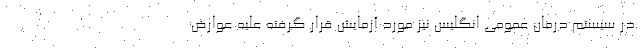
در سیستم درمان عمومی انگلیس نیز مورد آزمایش قرار گرفته علیه عوارض